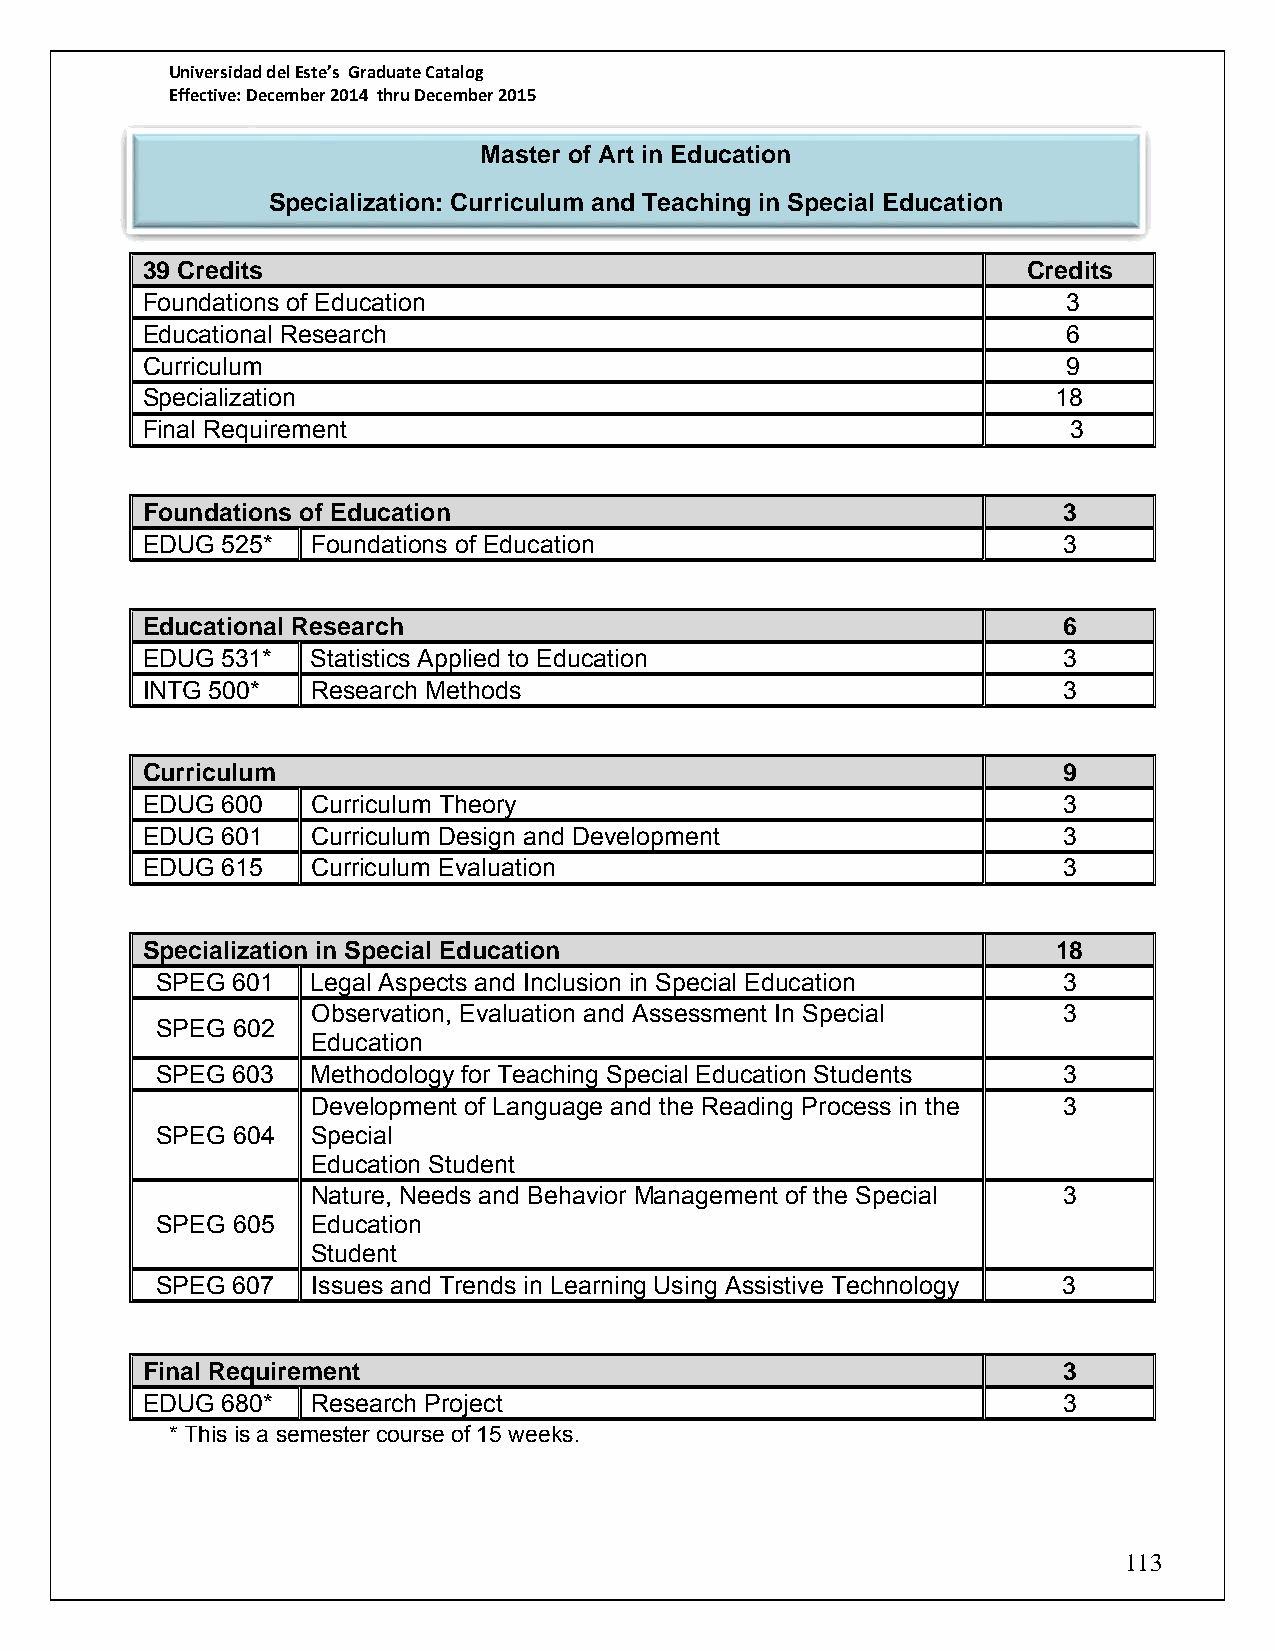
Universidad del Este’s Graduate Catalog
 Effective: December 2014 thru December 2015
 Master of Art in Education
 Specialization: Curriculum and Teaching in Special Education
 39 Credits                                                 Credits
 Foundations of Education                                      3
 Educational Research                                          6
 Curriculum                                                    9
 Specialization                                               18
 Final Requirement                                             3
 Foundations of Education                                     3
 EDUG  525*  Foundations of Education                         3
 Educational Research                                         6
 EDUG  531*  Statistics Applied to Education                  3
 INTG 500*   Research Methods                                 3
 Curriculum                                                   9
 EDUG  600   Curriculum Theory                                3
 EDUG  601   Curriculum Design and Development                3
 EDUG  615   Curriculum Evaluation                            3
 Specialization in Special Education                          18
 SPEG 601   Legal Aspects and Inclusion in Special Education 3
 Observation, Evaluation and Assessment In Special 3
 SPEG 602
 Education
 SPEG 603   Methodology for Teaching Special Education Students 3
 Development of Language and the Reading Process in the 3
 SPEG 604   Special
 Education Student
 Nature, Needs and Behavior Management of the Special 3
 SPEG 605   Education
 Student
 SPEG 607   Issues and Trends in Learning Using Assistive Technology 3
 Final Requirement                                            3
 EDUG  680*  Research Project                                 3
 * This is a semester course of 15 weeks.
 113